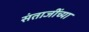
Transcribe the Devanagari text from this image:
संताजींच्या